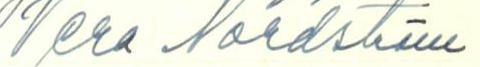
Vera Nordström